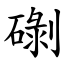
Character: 䃗